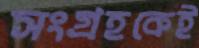
সংগ্রহকেই